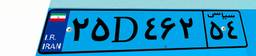
۲۵D۴۶۲۵۴